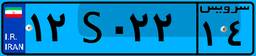
۱۲S۰۲۲۱۴